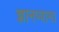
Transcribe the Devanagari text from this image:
ज्ञानप्पाना